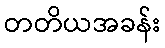
တတိယအခန်း